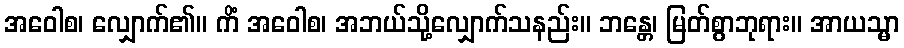
အဝေါစ၊ လျှောက်၏။ ကိံ အဝေါစ၊ အဘယ်သို့လျှောက်သနည်း။ ဘန္တေ၊ မြတ်စွာဘုရား။ အာယသ္မာ